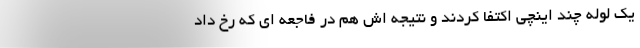
یک لوله چند اینچی اکتفا کردند و نتیجه اش هم در فاجعه ای که رخ داد